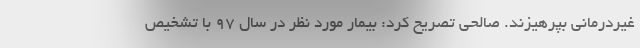
غیردرمانی بپرهیزند. صالحی تصریح کرد: بیمار مورد نظر در سال ۹۷ با تشخیص